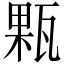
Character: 㼫